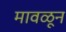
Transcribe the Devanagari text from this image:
मावळून